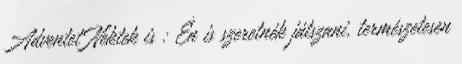
Adventet Nektek is : Én is szeretnék játszani, természetesen